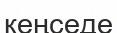
кеңседе